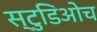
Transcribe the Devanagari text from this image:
स्टुडिओच